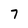
Character: 7